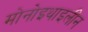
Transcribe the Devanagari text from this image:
मोनोइथाइलीन